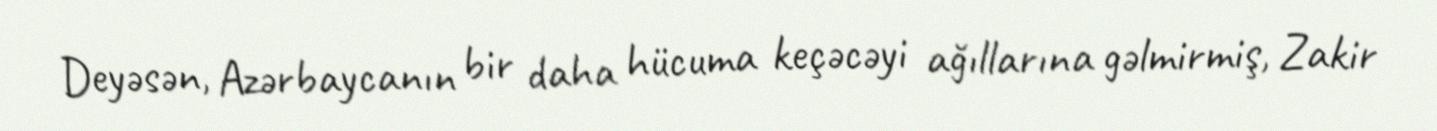
Deyəsən, Azərbaycanın bir daha hücuma keçəcəyi ağıllarına gəlmirmiş, Zakir